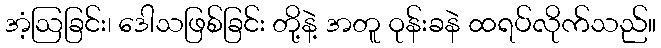
အံ့ဩခြင်း၊ ဒေါသဖြစ်ခြင်း တို့နဲ့ အတူ ဝုန်းခနဲ ထရပ်လိုက်သည်။